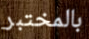
بالمختبر